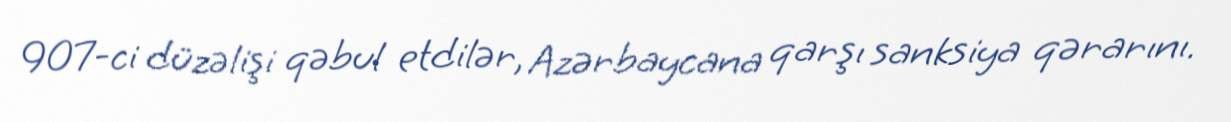
907-ci düzəlişi qəbul etdilər, Azərbaycana qarşı sanksiya qərarını.